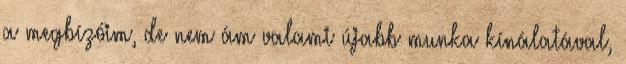
a megbízóim, de nem ám valami újabb munka kínálatával,